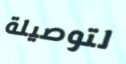
لتوصيلة